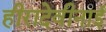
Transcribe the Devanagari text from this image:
हीरादेवीनाई